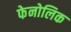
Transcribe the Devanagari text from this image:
फेनोलिक